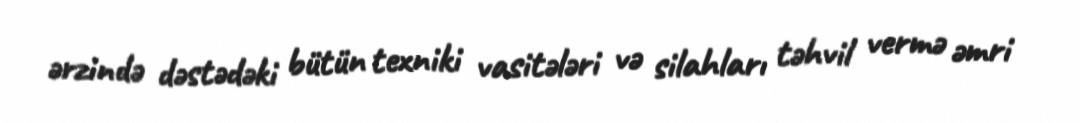
ərzində dəstədəki bütün texniki vasitələri və silahları təhvil vermə əmri